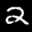
Label: 2